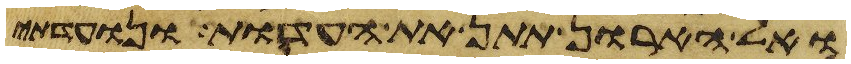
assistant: ואל הארון תתן את העדות ונועדתי